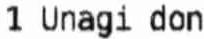
1 UNAGI DON